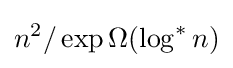
n^{2}/\exp \Omega (\log ^{*}n)